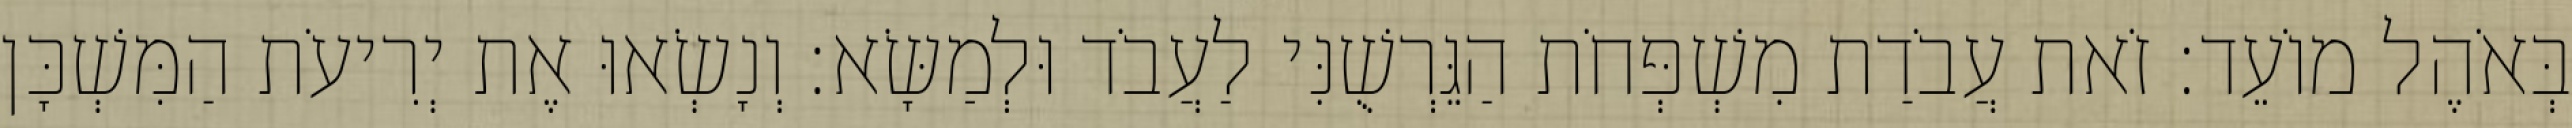
בְּאֹהֶל מוֹעֵד׃ זֹאת עֲבֹדַת מִשְׁפְּחֹת הַגֵּרְשֻׁנִּי לַעֲבֹד וּלְמַשָּׂא׃ וְנָשְׂאוּ אֶת יְרִיעֹת הַמִּשְׁכָּן